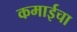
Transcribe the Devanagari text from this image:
कमाईचा